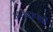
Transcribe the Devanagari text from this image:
अलखपंथी